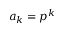
a _ { k } = p ^ { k }